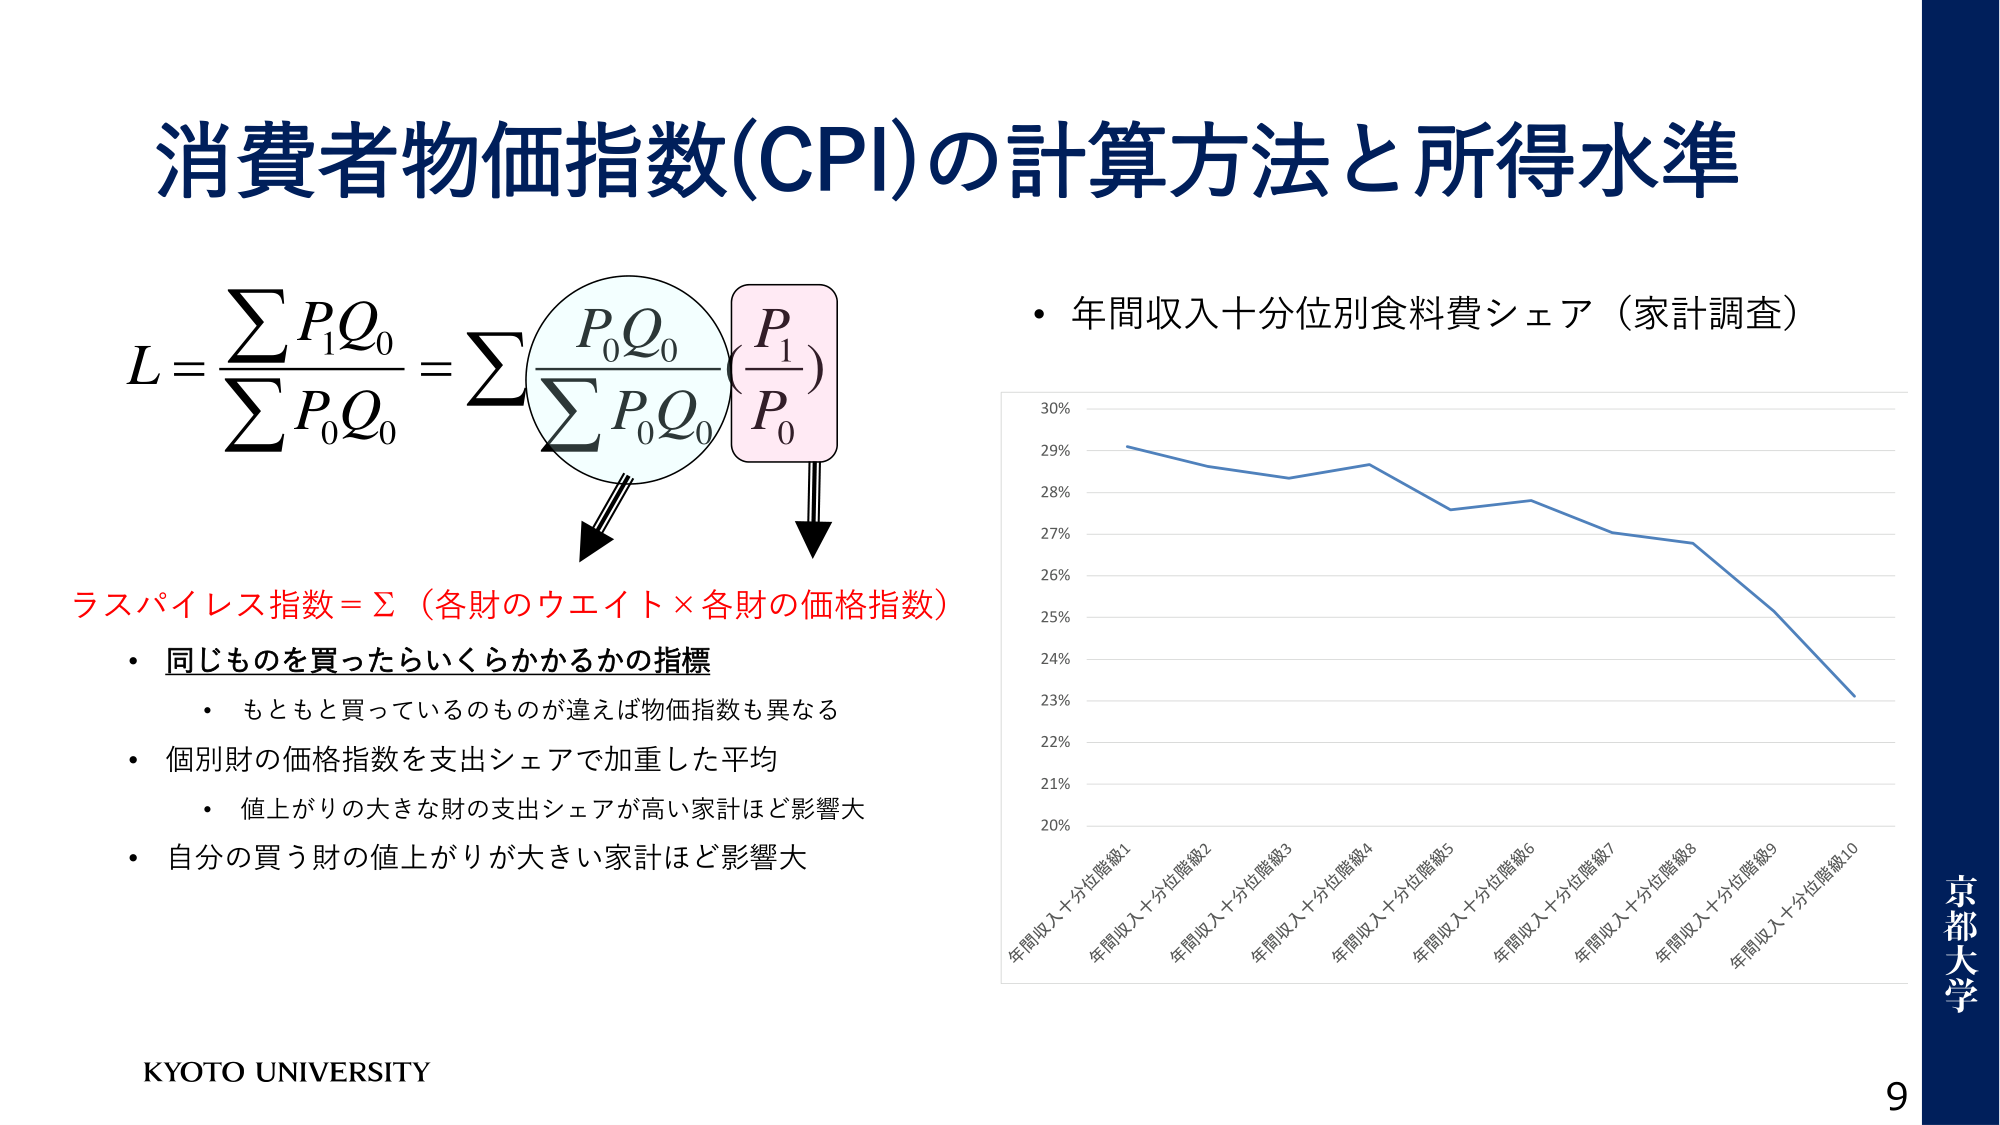
消費者物価指数(CPI)の計算方法と所得水準

L = ΣP₁Q₀ / ΣP₀Q₀ = Σ (P₀Q₀ / ΣP₀Q₀) × (P₁ / P₀)

ラスパイレス指数 = Σ（各財のウエイト × 各財の価格指数）

・同じものを買ったらいくらかかるかの指標
　・もともと買っているものが違えば物価指数も異なる

・個別財の価格指数を支出シェアで加重した平均
　・値上がりの大きな財の支出シェアが高い家計ほど影響大

・自分の買う財の値上がりが大きい家計ほど影響大

・年間収入十分位別食料費シェア（家計調査）

30%
29%
28%
27%
26%
25%
24%
23%
22%
21%
20%

年間収入十分位階級1
年間収入十分位階級2
年間収入十分位階級3
年間収入十分位階級4
年間収入十分位階級5
年間収入十分位階級6
年間収入十分位階級7
年間収入十分位階級8
年間収入十分位階級9
年間収入十分位階級10

KYOTO UNIVERSITY

京都大学
9